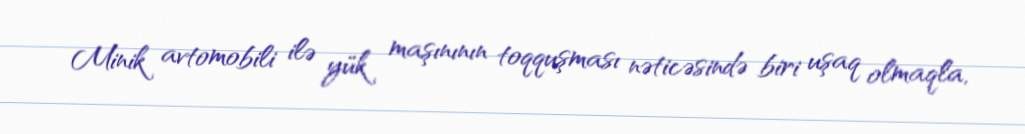
Minik avtomobili ilə yük maşınının toqquşması nəticəsində biri uşaq olmaqla,